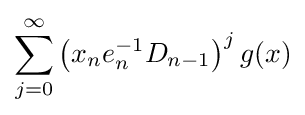
\sum _{j=0}^{\infty }\left(x_{n}e_{n}^{-1}D_{n-1}\right)^{j}g(x)